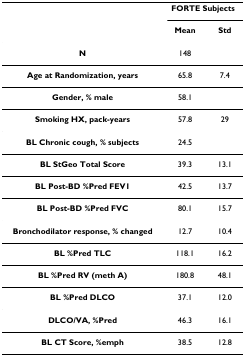
<table><thead><tr><td></td><td colspan="2"><b>FORTE Subjects</b></td></tr><tr><td></td><td><b>Mean</b></td><td><b>Std</b></td></tr></thead><tbody><tr><td><b>N</b></td><td>148</td><td></td></tr><tr><td><b>Age at Randomization, years</b></td><td>65.8</td><td>7.4</td></tr><tr><td><b>Gender, % male</b></td><td>58.1</td><td></td></tr><tr><td><b>Smoking HX, pack-years</b></td><td>57.8</td><td>29</td></tr><tr><td><b>BL Chronic cough, % subjects</b></td><td>24.5</td><td></td></tr><tr><td><b>BL StGeo Total Score</b></td><td>39.3</td><td>13.1</td></tr><tr><td><b>BL Post-BD %Pred FEV1</b></td><td>42.5</td><td>13.7</td></tr><tr><td><b>BL Post-BD %Pred FVC</b></td><td>80.1</td><td>15.7</td></tr><tr><td><b>Bronchodilator response, % changed</b></td><td>12.7</td><td>10.4</td></tr><tr><td><b>BL %Pred TLC</b></td><td>118.1</td><td>16.2</td></tr><tr><td><b>BL %Pred RV (meth A)</b></td><td>180.8</td><td>48.1</td></tr><tr><td><b>BL %Pred DLCO</b></td><td>37.1</td><td>12.0</td></tr><tr><td><b>DLCO/VA, %Pred</b></td><td>46.3</td><td>16.1</td></tr><tr><td><b>BL CT Score, %emph</b></td><td>38.5</td><td>12.8</td></tr></tbody></table>